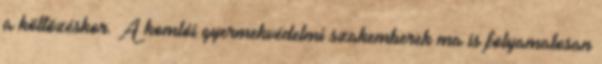
a költözéskor. A komlói gyermekvédelmi szakemberek ma is folyamatosan